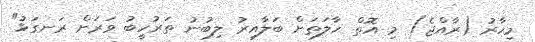
މިހާރު (ރާއްޖެ) މި އޮތް ހާލަތަށް ބަލާއިރު ލިބުނު ތަރުހީބު ވަރަށް ރަނގަޅު"